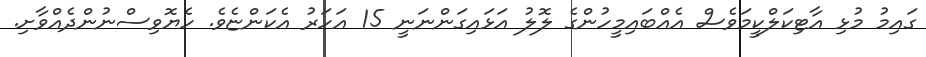
ގައިމު މުޅި އާޓިކަލްކީމަވެސް އެއްބައިމީހުންގެ ލޮލު އަޅައިގަންނަނީ 15 އަހަރު އެކަންޏެވެ. ހެޔޮވިސްނުންދެއްވާށި.